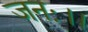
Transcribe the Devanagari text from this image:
जनः।।